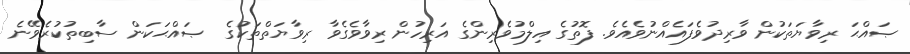
ޞައްޙަ ރިވާޔަތަކުން ވާރިދުވެފައެއްނުވެއެވެ. ފޮތުގެ އިލްމުވެރިންގެ އަރިހުން ރިވާވެގެވާ ރިވާޔަތްތަކުގެ  ޞައްޙަކަން ސާބިތުކުރެވޭނެ